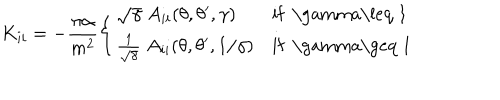
K _ { i i } = - \frac { \pi \alpha } { m ^ { 2 } } \left\{ \begin{array} { l l } { { \sqrt { \gamma } \; A _ { i i } ( \theta , \theta ^ { \prime } , \gamma ) } } & { { \mathrm { i f ~ \ g a m m a \leq ~ 1 ~ } } } \\ { { { \frac { 1 } { \sqrt \gamma } } \; A _ { i i } ( \theta , \theta ^ { \prime } , 1 / \gamma ) } } & { { \mathrm { i f ~ \ g a m m a \geq ~ 1 ~ } } } \\ \end{array} \right.